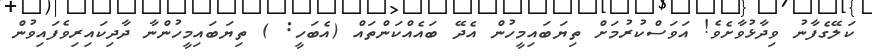
ކަލޭގެފާނު ވިދާޅުވާށެވެ! އަވަސްކުރުމަށް ތިޔަބައިމީހުން އެދޭ ބައެއްކަންތައް (އެބަހީ: ) ތިޔަބައިމީހުންނާ ދާދިކައިރިވެފައިވުން